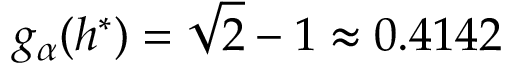
g _ { \alpha } ( h ^ { * } ) = \sqrt { 2 } - 1 \approx 0 . 4 1 4 2